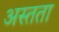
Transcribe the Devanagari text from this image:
अस्तता